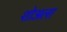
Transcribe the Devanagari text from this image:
शोअला